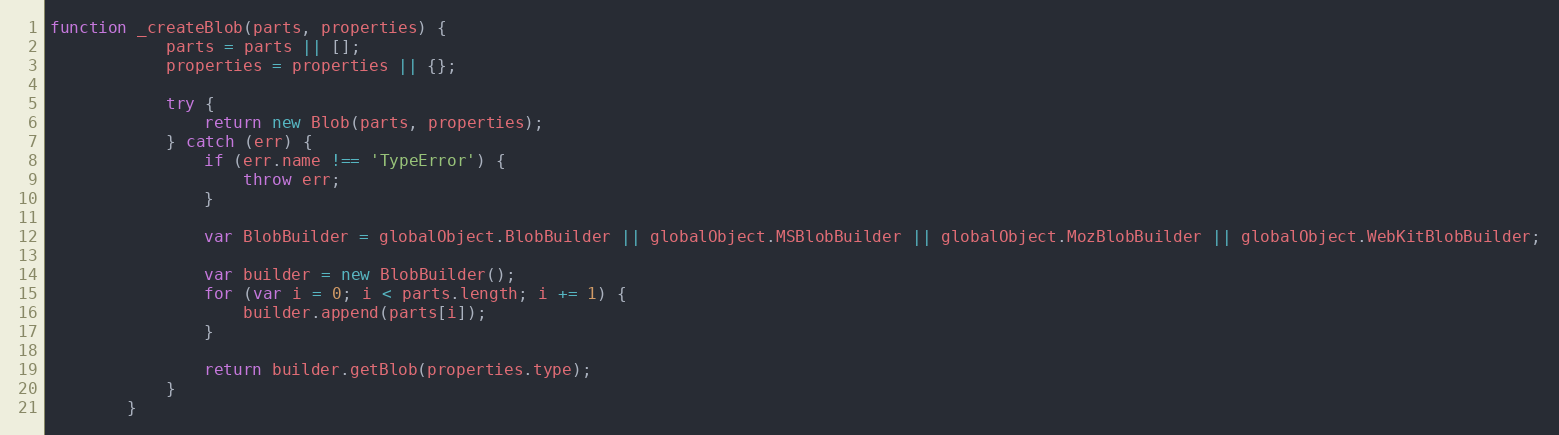
Language: JavaScript
function _createBlob(parts, properties) {
	        parts = parts || [];
	        properties = properties || {};

	        try {
	            return new Blob(parts, properties);
	        } catch (err) {
	            if (err.name !== 'TypeError') {
	                throw err;
	            }

	            var BlobBuilder = globalObject.BlobBuilder || globalObject.MSBlobBuilder || globalObject.MozBlobBuilder || globalObject.WebKitBlobBuilder;

	            var builder = new BlobBuilder();
	            for (var i = 0; i < parts.length; i += 1) {
	                builder.append(parts[i]);
	            }

	            return builder.getBlob(properties.type);
	        }
	    }